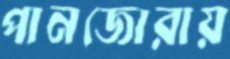
পানজোরায়